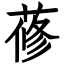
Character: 蓚